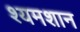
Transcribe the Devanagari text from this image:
श्यमशान